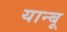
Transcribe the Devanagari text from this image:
यान्बू